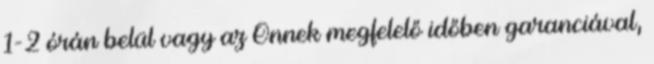
1-2 órán belül vagy az Önnek megfelelő időben garanciával,